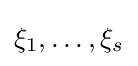
{\textstyle \xi _{1},\dots ,\xi _{s}}